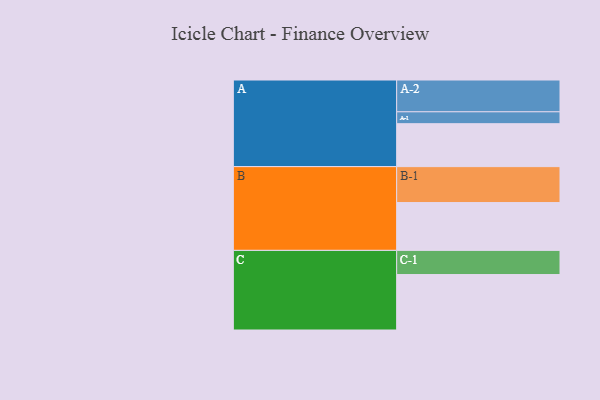
{"axis": {"x": "Segment", "y": "Value"}, "legend": ["", "A", "B", "C"], "data": [{"x": "A", "y": 343, "type": ""}, {"x": "B", "y": 382, "type": ""}, {"x": "C", "y": 443, "type": ""}, {"x": "A-1", "y": 95, "type": "A"}, {"x": "A-2", "y": 254, "type": "A"}, {"x": "B-1", "y": 287, "type": "B"}, {"x": "C-1", "y": 193, "type": "C"}]}